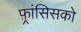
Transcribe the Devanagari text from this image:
फ़्रांसिसको